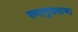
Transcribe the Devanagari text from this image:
समानुपाताचा